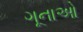
ગૂનાઓ